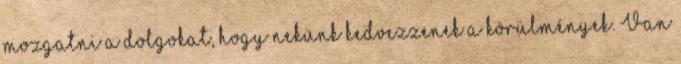
mozgatni a dolgokat, hogy nekünk kedvezzenek a körülmények. Van